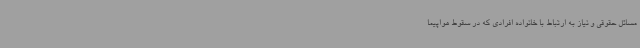
مسائل حقوقی و نیاز به ارتباط با خانواده افرادی که در سقوط هواپیما